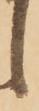
候